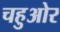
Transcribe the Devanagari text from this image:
चहुओर